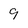
Character: 9